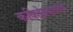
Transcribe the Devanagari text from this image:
कवितेप्रमाणेच